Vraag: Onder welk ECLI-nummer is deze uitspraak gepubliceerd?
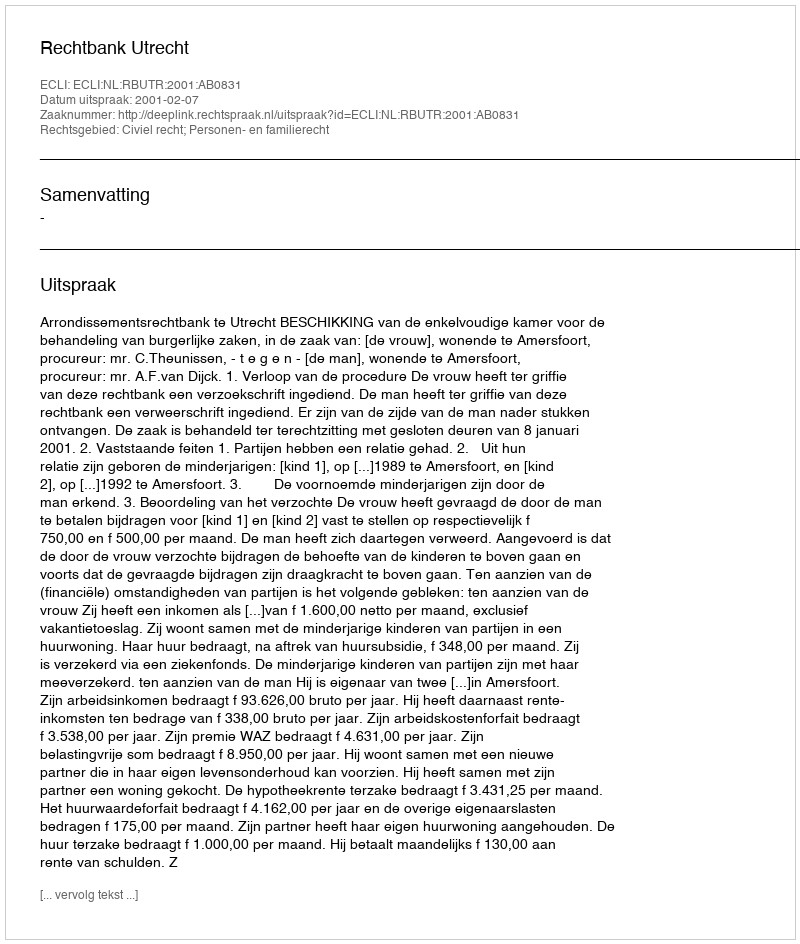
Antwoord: ECLI:NL:RBUTR:2001:AB0831